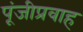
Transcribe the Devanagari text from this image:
पूंजीप्रवाह